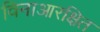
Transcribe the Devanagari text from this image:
विनाआरक्षित